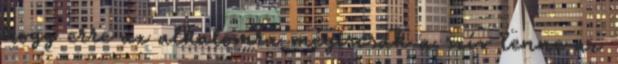
hogy erre az alkalomra mégiscsak a szív lenne az